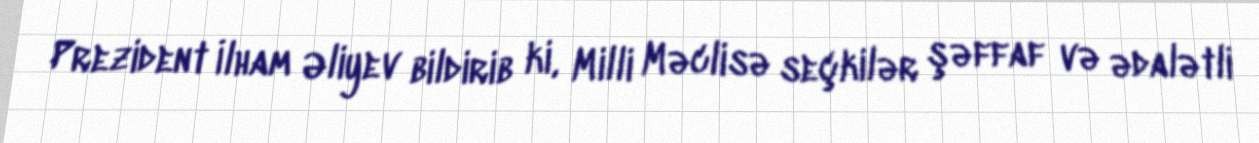
Prezident İlham Əliyev bildirib ki, Milli Məclisə seçkilər şəffaf və ədalətli